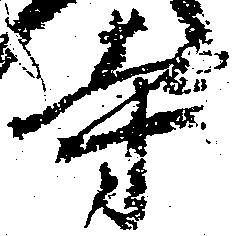
寺